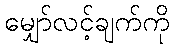
မျှော်လင့်ချက်ကို